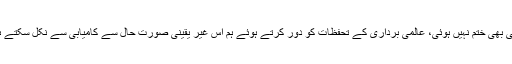
پاکستان کے لیے مہلت ابھی بھی ختم نہیں ہوئی، عالمی برداری کے تحفظات کو دور کرتے ہوئے ہم اس غیر یقینی صورت حال سے کامیابی سے نکل سکتے ہیں جو ہم پر مسلط ہوچکی۔